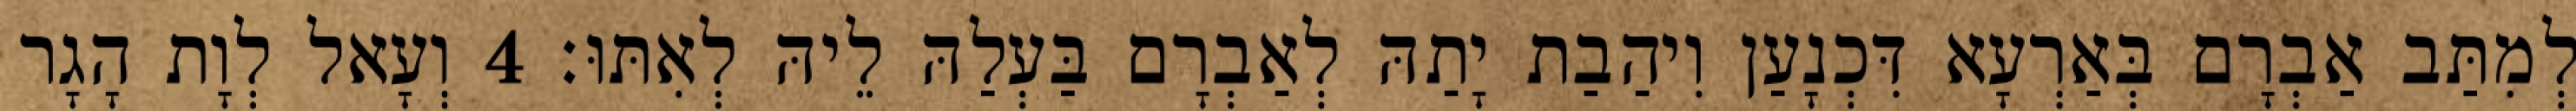
לְמִתַּב אַבְרָם בְּאַרְעָא דִּכְנָעַן וִיהַבַת יָתַהּ לְאַבְרָם בַּעְלַהּ לֵיהּ לְאִתּוּ׃ 4 וְעָאל לְוָת הָגָר